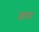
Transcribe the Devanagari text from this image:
आधम